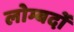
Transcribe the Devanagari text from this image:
लोम्बर्दो